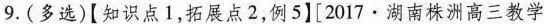
9.(多选)[知识点1，拓展点2，例5】[2017·湖南株洲高三教学